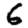
Digit: 6